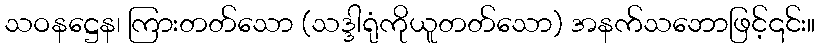
သဝနဋ္ဌေန၊ ကြားတတ်သော (သဒ္ဒါရုံကိုယူတတ်သော) အနက်သဘောဖြင့်၎င်း။